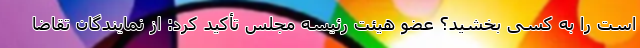
است را به کسی بخشید؟ عضو هیئت رئیسه مجلس تأکید کرد: از نمایندگان تقاضا